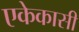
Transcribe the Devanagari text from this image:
एकेकासी